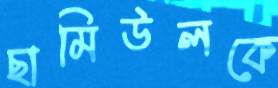
ছামিউলকে